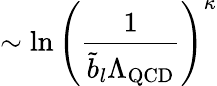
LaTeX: \sim\ln\left(\frac{1}{\tilde{b}_{l}\Lambda_{\mathrm{QCD}}}\right)^{\kappa}